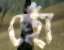
ছোঁ